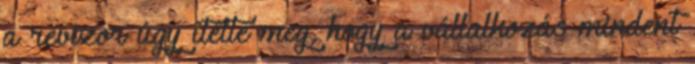
a revizor úgy ítélte meg, hogy a vállalkozás mindent